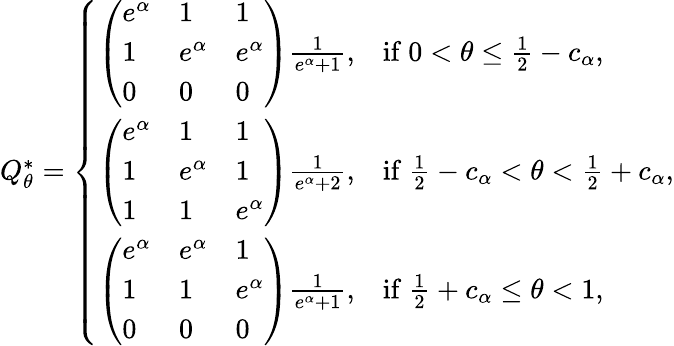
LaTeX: \begin{array}{r}{Q_{\theta}^{*}=\left\{ \begin{array}{ll}{\left(\begin{array}{lll}{e^{\alpha}}&{1}&{1}\\ {1}&{e^{\alpha}}&{e^{\alpha}}\\ {0}&{0}&{0}\end{array}\right)\frac{1}{e^{\alpha}+1},}&{\mathrm{if~}0<\theta\le\frac{1}{2}-c_{\alpha},}\\ {\left(\begin{array}{lll}{e^{\alpha}}&{1}&{1}\\ {1}&{e^{\alpha}}&{1}\\ {1}&{1}&{e^{\alpha}}\end{array}\right)\frac{1}{e^{\alpha}+2},}&{\mathrm{if~}\frac{1}{2}-c_{\alpha}<\theta<\frac{1}{2}+c_{\alpha},}\\ {\left(\begin{array}{lll}{e^{\alpha}}&{e^{\alpha}}&{1}\\ {1}&{1}&{e^{\alpha}}\\ {0}&{0}&{0}\end{array}\right)\frac{1}{e^{\alpha}+1},}&{\mathrm{if~}\frac{1}{2}+c_{\alpha}\le\theta<1,}\end{array}\right.}\end{array}